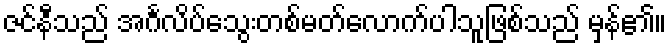
ဇင်နီသည် အင်္ဂလိပ်သွေးတစ်မတ်လောက်ပါသူဖြစ်သည် မှန်၏။